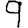
Digit: 9